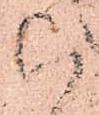
以